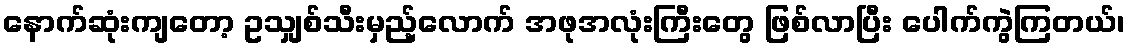
နောက်ဆုံးကျတော့ ဥသျှစ်သီးမှည့်လောက် အဖုအလုံးကြီးတွေ ဖြစ်လာပြီး ပေါက်ကွဲကြတယ်၊